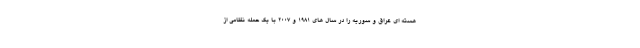
هسته ای عراق و سوریه را در سال های 1981 و 2007 با یک حمله نظامی از